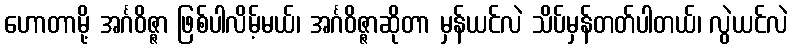
ဟောတာမို့ အင်္ဂဝိဇ္ဇာ ဖြစ်ပါလိမ့်မယ်၊ အင်္ဂဝိဇ္ဇာဆိုတာ မှန်ယင်လဲ သိပ်မှန်တတ်ပါတယ်၊ လွဲယင်လဲ